Civil Veterinary Dept. Assam report 1927-50 - 1927-1950
Year: 1927
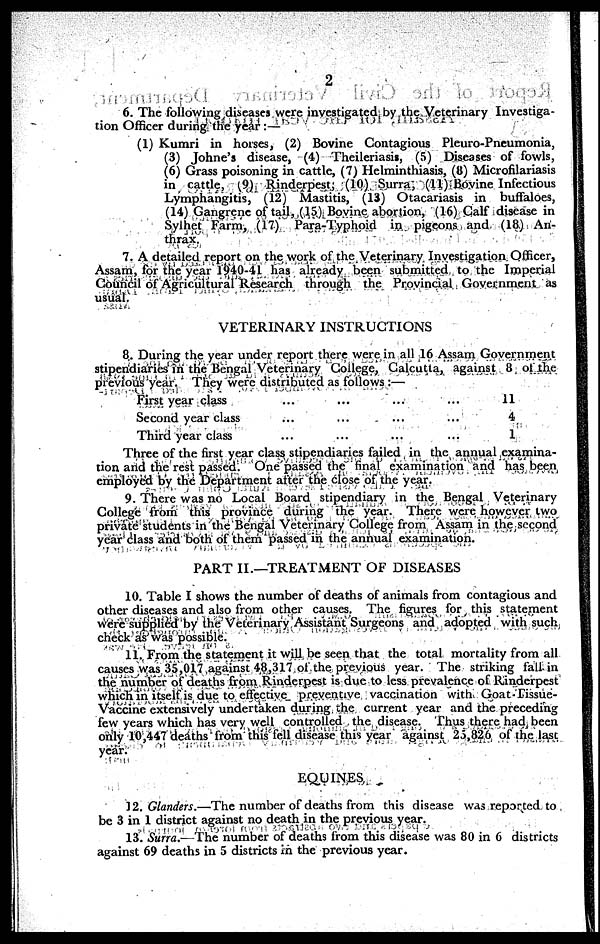
2
6. The following diseases were investigated by the Veterinary Investiga-
tion Officer during the year :—
(1) Kumri in horses, (2) Bovine Contagious Pleuro-Pneumonia,
(3) Johne's disease, (4) Theileriasis, (5) Diseases of fowls,
(6) Grass poisoning in cattle, (7) Helminthiasis, (8) Microfilariasis
in cattle, (9) Rinderpest, (10) Surra, (11) Bovine Infectious
Lymphangitis, (12) Mastitis, (13) Otacariasis in buffaloes,
(14) Gangrene of tail, (15) Bovine abortion, (16) Calf disease in
Sylhet Farm, (17) Para-Typhoid in pigeons and (18) An-
thrax.
7. A detailed report on the work of the Veterinary Investigation Officer,
Assam, for the year 1940-41 has already been submitted to the Imperial
Council of Agricultural Research through the Provincial Government as
usual.
VETERINARY INSTRUCTIONS
8. During the year under report there were in all 16 Assam Government
stipendiaries in the Bengal Veterinary College, Calcutta, against 8 of the
previous year. They were distributed as follows :—
First year class
Second year class
Third year class
...
...
...
...
...
...
...
...
...
...
...
...
11
4
1
Three of the first year class stipendiaries failed in the annual examina-
tion and the rest passed. One passed the final examination and has been
employed by the Department after the close of the year.
9. There was no Local Board stipendiary in the Bengal Veterinary
College from this province during the year. There were however two
private students in the Bengal Veterinary College from Assam in the second
year class and both of them passed in the annual examination.
PART II.—TREATMENT OF DISEASES
10. Table I shows the number of deaths of animals from contagious and
other diseases and also from other causes. The figures for this statement
were supplied by the Veterinary Assistant Surgeons and adopted with such
check as was possible.
11. From the statement it will be seen that the total mortality from all
causes was 35,017 against 48,317 of the previous year. The striking fall in
the number of deaths from Rinderpest is due to less prevalence of Rinderpest
which in itself is due to effective preventive vaccination with Goat-Tissue-
Vaccine extensively undertaken during the current year and the preceding
few years which has very well controlled the disease. Thus there had been
only 10,447 deaths from this fell disease this year against 25,826 of the last
year.
EQUINES
12. Glanders.—The number of deaths from this disease was reported to
be 3 in 1 district against no death in the previous year.
13. Surra.—The number of deaths from this disease was 80 in 6 districts
against 69 deaths in 5 districts in the previous year.